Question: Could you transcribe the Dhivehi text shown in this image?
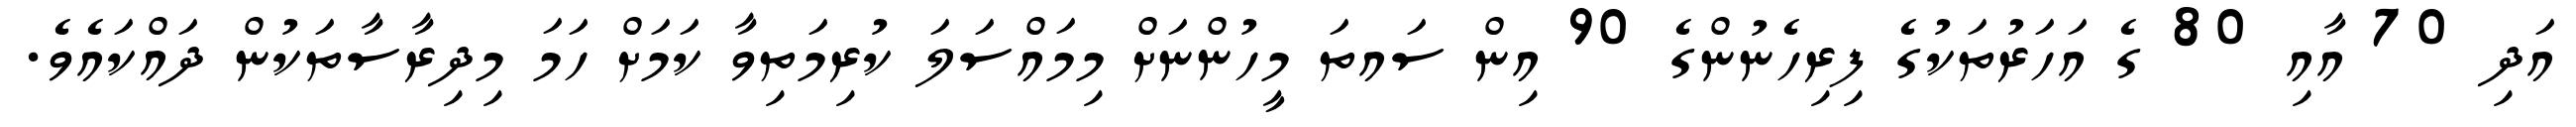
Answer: އަދި 70 އާއި 80 ގެ އަހަރުތަކުގެ ފިރިހެނުންގެ 90 އިން ސައތަ މީހުންނަށް މިމައްސަލަ ކުރިމަތިވާ ކަމަށް ހަމަ މިދިރާސާތަކުން ދައްކައެވެ.